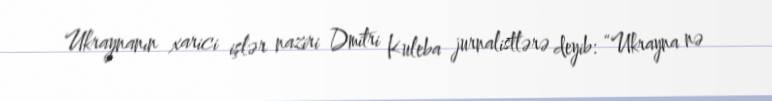
Ukraynanın xarici işlər naziri Dmitri Kuleba jurnalistlərə deyib: “Ukrayna nə